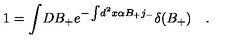
1 = \int \! D B _ { + } e ^ { - \int \! d ^ { 2 } x \alpha B _ { + } j _ { - } } \delta ( B _ { + } ) \quad .